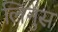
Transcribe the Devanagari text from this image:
लिनुस